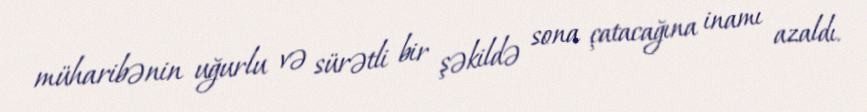
müharibənin uğurlu və sürətli bir şəkildə sona çatacağına inamı azaldı.